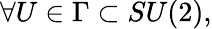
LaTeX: \forall U\in\Gamma\subset SU(2),